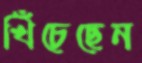
খিঁচেছেন